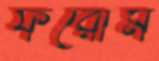
ফরোম